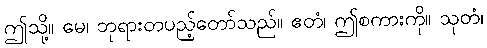
ဤသို့။ မေ၊ ဘုရားတပည့်တော်သည်။ ဧတံ၊ ဤစကားကို။ သုတံ၊